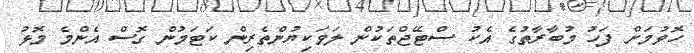
ހޮވުމަށް ފަހު މުބާރާތުގެ އެކު ސްޓޭޖްތަކުން ލަވަކިޔުންތެރިން ކަޓަމުން ގޮސް އެންމެ މޮޅު